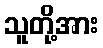
သူတို့အား